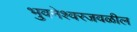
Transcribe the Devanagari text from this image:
भुवनेश्वरजवळील